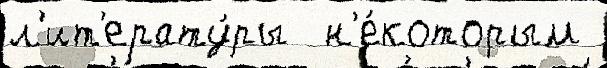
л'ит'ерату́ры  н'е́которым